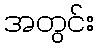
အတွင်း